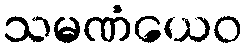
သမဏံယေဝ